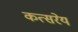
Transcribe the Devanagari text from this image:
कत्सरेय